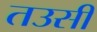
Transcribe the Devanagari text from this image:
तउसी